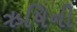
ઋષિની